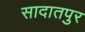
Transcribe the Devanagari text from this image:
सादातपुर